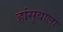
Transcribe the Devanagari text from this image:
हांसुवाला